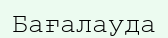
Бағалауда